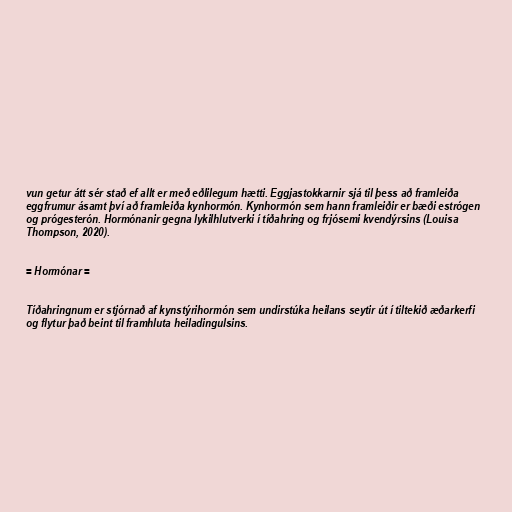
vun getur átt sér stað ef allt er með eðlilegum hætti. Eggjastokkarnir sjá til þess að framleiða
eggfrumur ásamt því að framleiða kynhormón. Kynhormón sem hann framleiðir er bæði estrógen
og prógesterón. Hormónanir gegna lykilhlutverki í tíðahring og frjósemi kvendýrsins (Louisa
Thompson, 2020).

= Hormónar =

Tíðahringnum er stjórnað af kynstýrihormón sem undirstúka heilans seytir út í tiltekið æðarkerfi
og flytur það beint til framhluta heiladingulsins.